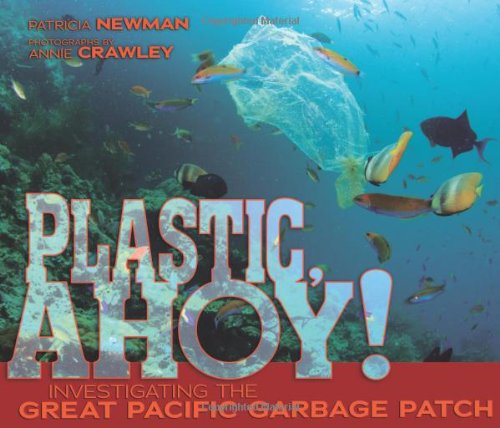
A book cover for Plastic, Ahoy!: Investigating the Great Pacific Garbage Patch (Nonfiction - Grades 4-8); Patricia Newman; Children's Books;